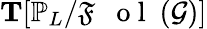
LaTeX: \mathbf{T}[\mathbb{P}_{L}/{\mathfrak{F}\mathrm{~\textbf~{~o~l~}~}}(\mathcal{G})]